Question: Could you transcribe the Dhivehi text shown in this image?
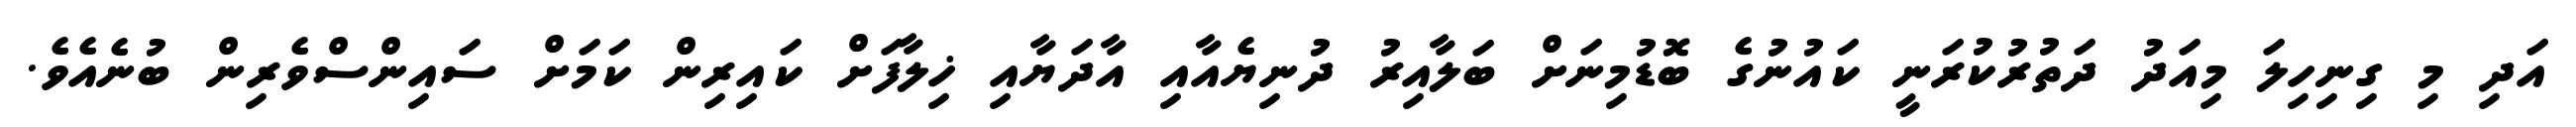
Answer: އަދި މި ގިނިހިލަ މިއަދު ދަތުރުކުރަނީ ކައުނުގެ ބޮޑުމިނަށް ބަލާއިރު ދުނިޔެއާއި އާދަޔާއި ޚިލާފަށް ކައިރިން ކަމަށް ސައިންސްވެރިން ބުނެއެވެ.